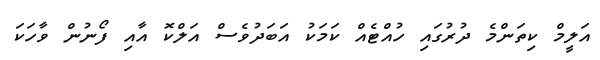
އަލީމް ކިތަންމެ ދުރުގައި ހުއްޓެއް ކަމަކު އަބަދުވެސް އަލްކޮ އާއި ފޯނުން ވާހަކަ